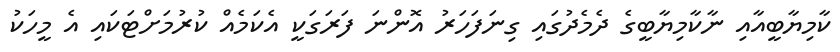
ކާމިޔާބީއާއި ނާކާމިޔާބީގެ ދެމެދުގައި ގިނަފަހަރު އޮންނަ ފަރަގަކީ އެކަމެއް ކުރުމަށްޓަކައި އެ މީހަކު